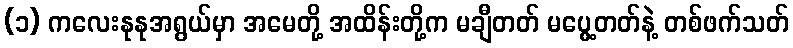
(၁) ကလေးနုနုအရွယ်မှာ အမေတို့ အထိန်းတို့က မချီတတ် မပွေ့တတ်နဲ့ တစ်ဖက်သတ်